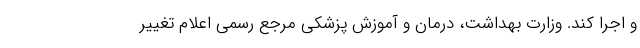
و اجرا کند. وزارت بهداشت، درمان و آموزش پزشکی مرجع رسمی اعلام تغییر